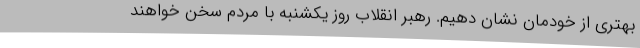
بهتری از خودمان نشان دهیم. رهبر انقلاب روز یکشنبه با مردم سخن خواهند